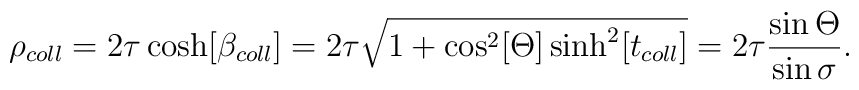
\rho _{coll}=2\tau \cosh [\beta _{coll}]=2\tau \sqrt{1+\cos ^2[\Theta ]\sinh ^2[t_{coll}]}=2\tau \frac{\sin \Theta }{\sin \sigma }.